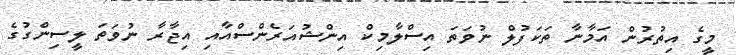
މީގެ އިތުރުން އަމާނާ ތަކަފުލް ނުވަތަ އިސްލާމިކް އިންޝުއަރެންސްއާއި އިޖާރާ ނުވަތަ ލީސިންގުގެ